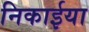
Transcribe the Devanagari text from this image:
निकाईया